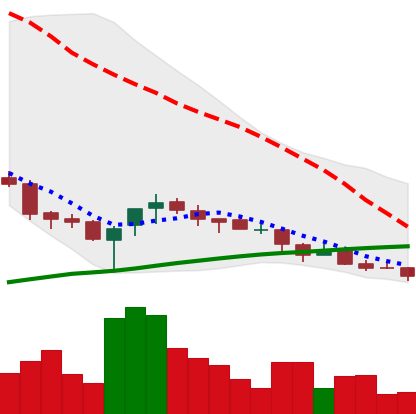
Ticker: NEO-USD
Chart end date: 2018-04-01
Forward return: -5.002%
Label: down_5_7